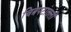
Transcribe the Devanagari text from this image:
चित्रपटांतली